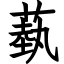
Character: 蓺